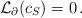
LaTeX: \begin{align*} \mathcal L_\partial(c_S) = 0\,. \end{align*}